Insane asylums in Bengal annual reports 1876-1887 - 1876-1887
Year: 1876
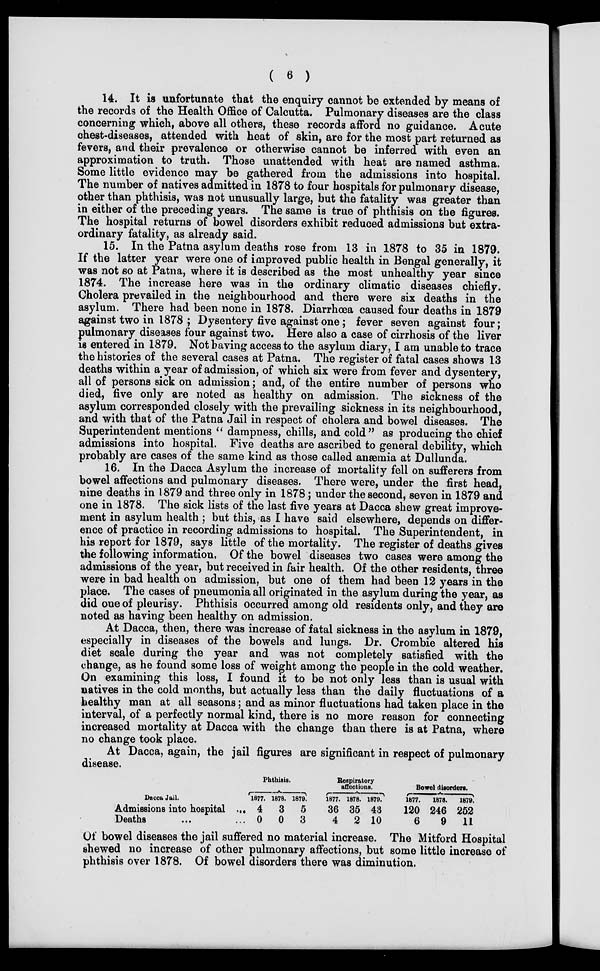
( 6 )
14. It is unfortunate that the enquiry cannot be extended by means of
the records of the Health Office of Calcutta. Pulmonary diseases are the class
concerning which, above all others, these records afford no guidance. Acute
chest-diseases, attended with heat of skin, are for the most part returned as
fevers, and their prevalence or otherwise cannot be inferred with even an
approximation to truth. Those unattended with heat are named asthma.
Some little evidence may be gathered from the admissions into hospital.
The number of natives admitted in 1878 to four hospitals for pulmonary disease,
other than phthisis, was not unusually large, but the fatality was greater than
in either of the preceding years. The same is true of phthisis on the figures.
The hospital returns of bowel disorders exhibit reduced admissions but extra-
ordinary fatality, as already said.
15. In the Patna asylum deaths rose from 13 in 1878 to 35 in 1879.
If the latter year were one of improved public health in Bengal generally, it
was not so at Patna, where it is described as the most unhealthy year since
1874. The increase here was in the ordinary climatic diseases chiefly.
Cholera prevailed in the neighbourhood and there were six deaths in the
asylum. There had been none in 1878. Diarrhœa caused four deaths in 1879
against two in 1878 ; Dysentery five against one ; fever seven against four;
pulmonary diseases four against two. Here also a case of cirrhosis of the liver
is entered in 1879. Not having access to the asylum diary, I am unable to trace
the histories of the several cases at Patna. The register of fatal cases shows 13
deaths within a year of admission, of which six were from fever and dysentery,
all of persons sick on admission; and, of the entire number of persons who
died, five only are noted as healthy on admission. The sickness of the
asylum corresponded closely with the prevailing sickness in its neighbourhood,
and with that of the Patna Jail in respect of cholera and bowel diseases. The
Superintendent mentions " dampness, chills, and cold" as producing the chief
admissions into hospital. Five deaths are ascribed to general debility, which
probably are cases of the same kind as those called anæmia at Dullunda.
16. In the Dacca Asylum the increase of mortality fell on sufferers from
bowel affections and pulmonary diseases. There were, under the first head,
nine deaths in 1879 and three only in 1878; under the second, seven in 1879 and
one in 1878. The sick lists of the last five years at Dacca shew great improve-
ment in asylum health ; but this, as I have said elsewhere, depends on differ-
ence of practice in recording admissions to hospital. The Superintendent, in
his report for 1879, says little of the mortality. The register of deaths gives
the following information. Of the bowel diseases two cases were among the
admissions of the year, but received in fair health. Of the other residents, three
were in bad health on admission, but one of them had been 12 years in the
place. The cases of pneumonia all originated in the asylum during the year, as
did one of pleurisy. Phthisis occurred among old residents only, and they are
noted as having been healthy on admission.
At Dacca, then, there was increase of fatal sickness in the asylum in 1879,
especially in diseases of the bowels and lungs. Dr. Crombie altered his
diet scale during the year and was not completely satisfied with the
change, as he found some loss of weight among the people in the cold weather.
On examining this loss, I found it to be not only less than is usual with
natives in the cold months, but actually less than the daily fluctuations of a
healthy man at all seasons; and as minor fluctuations had taken place in the
interval, of a perfectly normal kind, there is no more reason for connecting
increased mortality at Dacca with the change than there is at Patna, where
no change took place.
At Dacca, again, the jail figures are significant in respect of pulmonary
disease.
Dacca Jail. ...
Admissions into hospital ...
Deaths ... ...
Phthisis.
1877.
4
0
1878.
3
0
1879.
5
3
Respiratory
affections.
1877.
36
4
1878.
35
2
1879.
43
10
Bowel disorders.
1877.
120
6
1878.
246
9
1879.
252
11
Of bowel diseases the jail suffered no material increase. The Mitford Hospital
shewed no increase of other pulmonary affections, but some little increase of
phthisis over 1878. Of bowel disorders there was diminution.